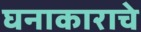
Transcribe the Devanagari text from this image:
घनाकाराचे